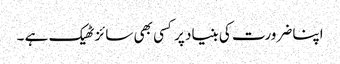
اپنا ضرورت کی بنیاد پر کسی بھی سائز ٹھیک ہے ۔